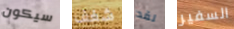
سيكون شغف لقد السفير